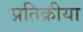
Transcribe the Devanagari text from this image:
प्रतिक्रीया